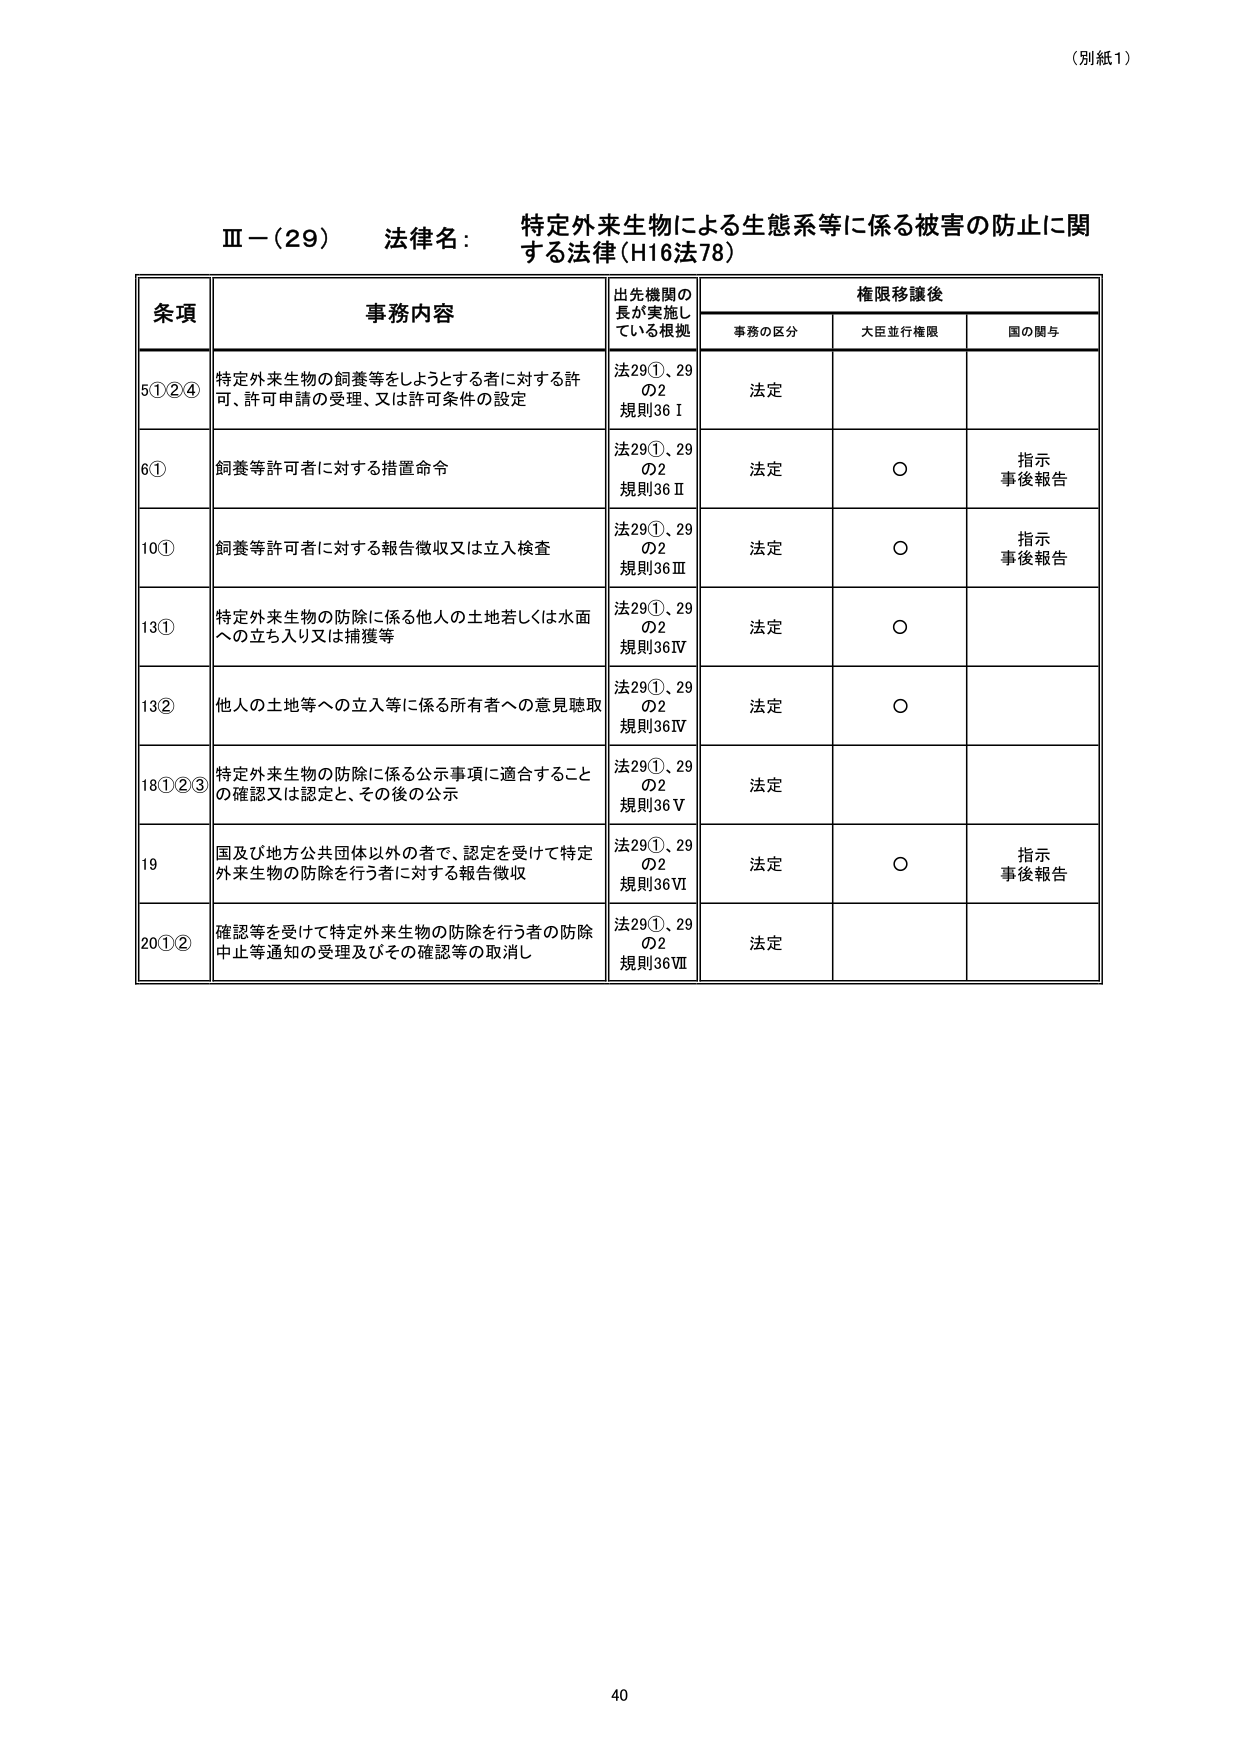
（別紙1）

Ⅲ－（29） 法律名： 特定外来生物による生態系等に係る被害の防止に関する法律（H16法78）

条項 事務内容 出先機関の長が実施している根拠 権限移譲後